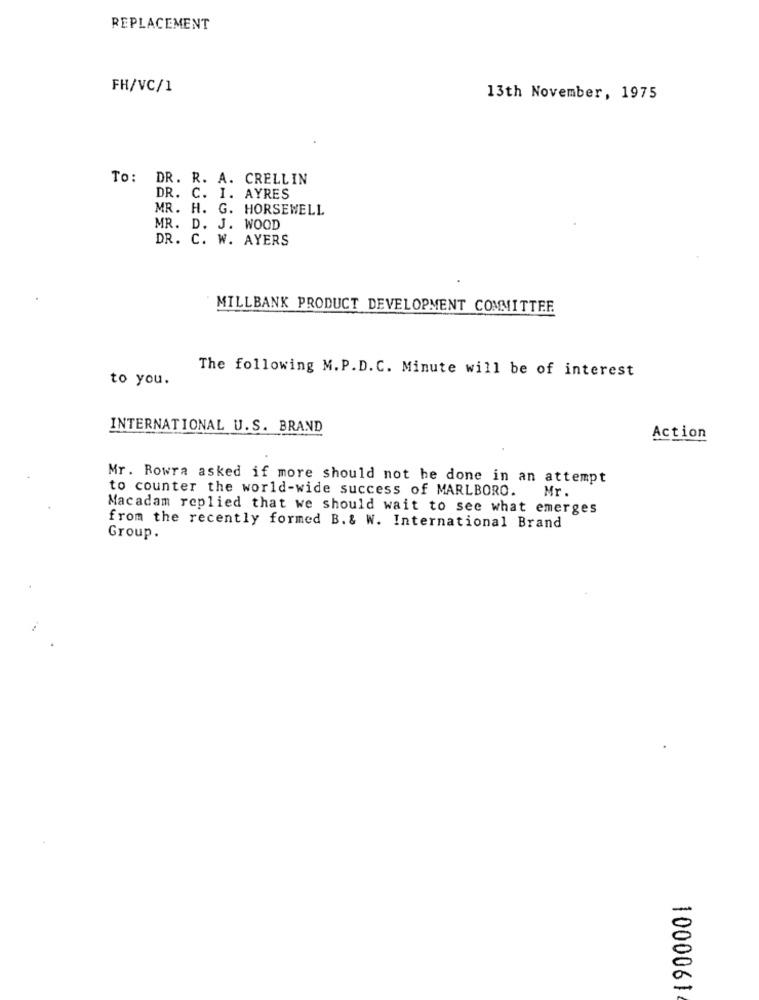
REPLACEMENT
FH/VC/1
13th November, 1975
To: DR. R. A. CRELLIN
DR. C. I. AYRES
MR. H. G. HORSEWELL
MR. D. J. WOOD
DR. C. W. AYERS
MILLBANK PRODUCT DEVELOPMENT COMMITTEE
The following M.P.D. C. Minute will be of interest
to you.
INTERNATIONAL U.S. BRAND
Action
Mr. Rowra asked if more should not be done in an attempt
to counter the world-wide success of MARLBORO.
Mr.
Macadam replied that we should wait to see what emerges
from the recently formed B. & W. International Brand
Group.
1000061